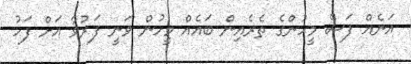
އަނެއް ފަސް މީހުންގެ ތެރެއިން ބައެއް މީހުން ވަނީ ފަރުވާ އަށް ފަހު